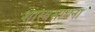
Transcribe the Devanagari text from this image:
शास्त्रसाधना